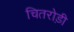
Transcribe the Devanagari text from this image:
चितरोड़ी